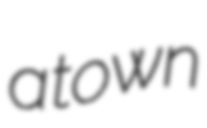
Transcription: a town